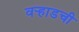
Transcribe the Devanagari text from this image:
वर्‍हाडची